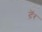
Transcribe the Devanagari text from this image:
दॅ़र